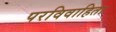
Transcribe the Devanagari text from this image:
परविवाहिता